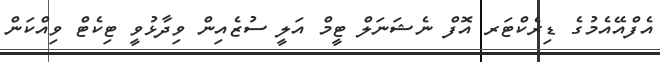
އެފްއޭއެމުގެ ޑިރެކްޓަރ އޮފް ނެޝަނަލް ޓީމް އަލީ ސުޒެއިން ވިދާޅުވީ ޓިކެޓް ވިއްކަން